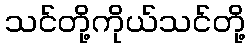
သင်တို့ကိုယ်သင်တို့